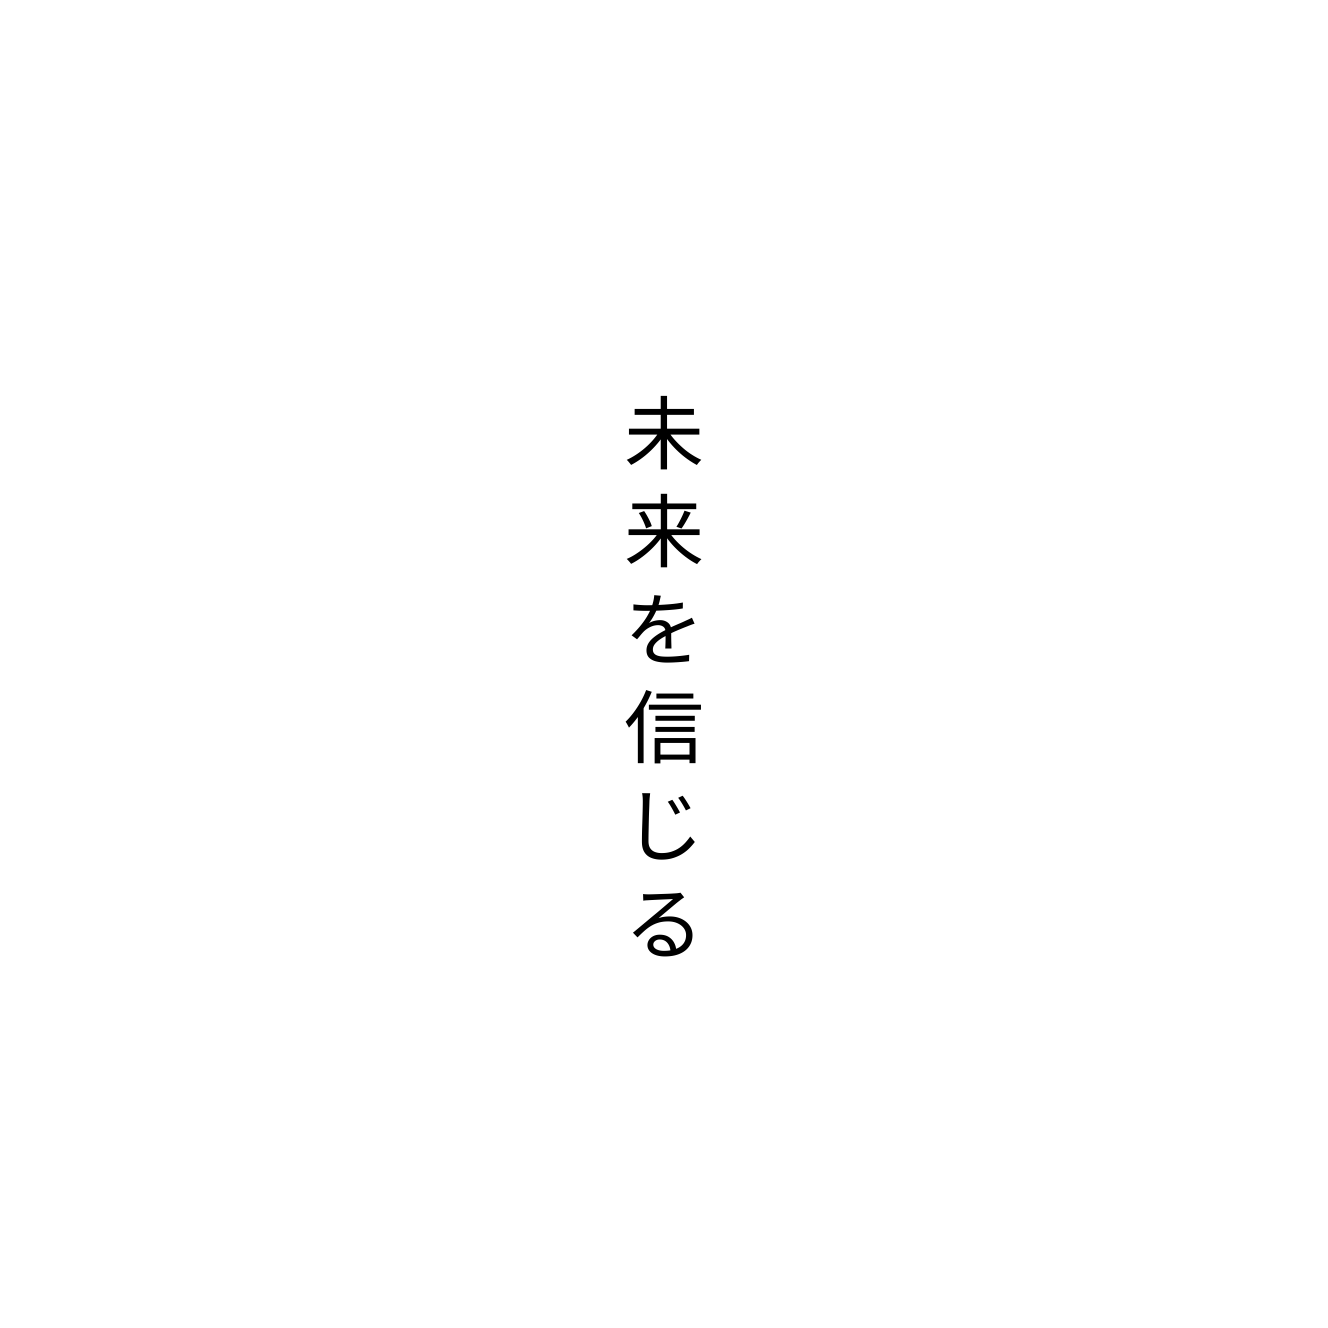
未来を信じる